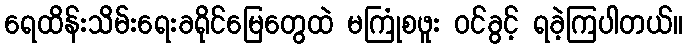
ရေထိန်းသိမ်းရေးခရိုင်မြေတွေထဲ မကြုံစဖူး ဝင်ခွင့် ရခဲ့ကြပါတယ်။